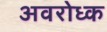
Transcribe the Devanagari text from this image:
अवरोध्क